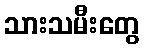
သားသမီးတွေ